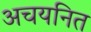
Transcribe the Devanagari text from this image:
अचयनित